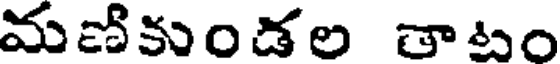
మణికుండల తాటం